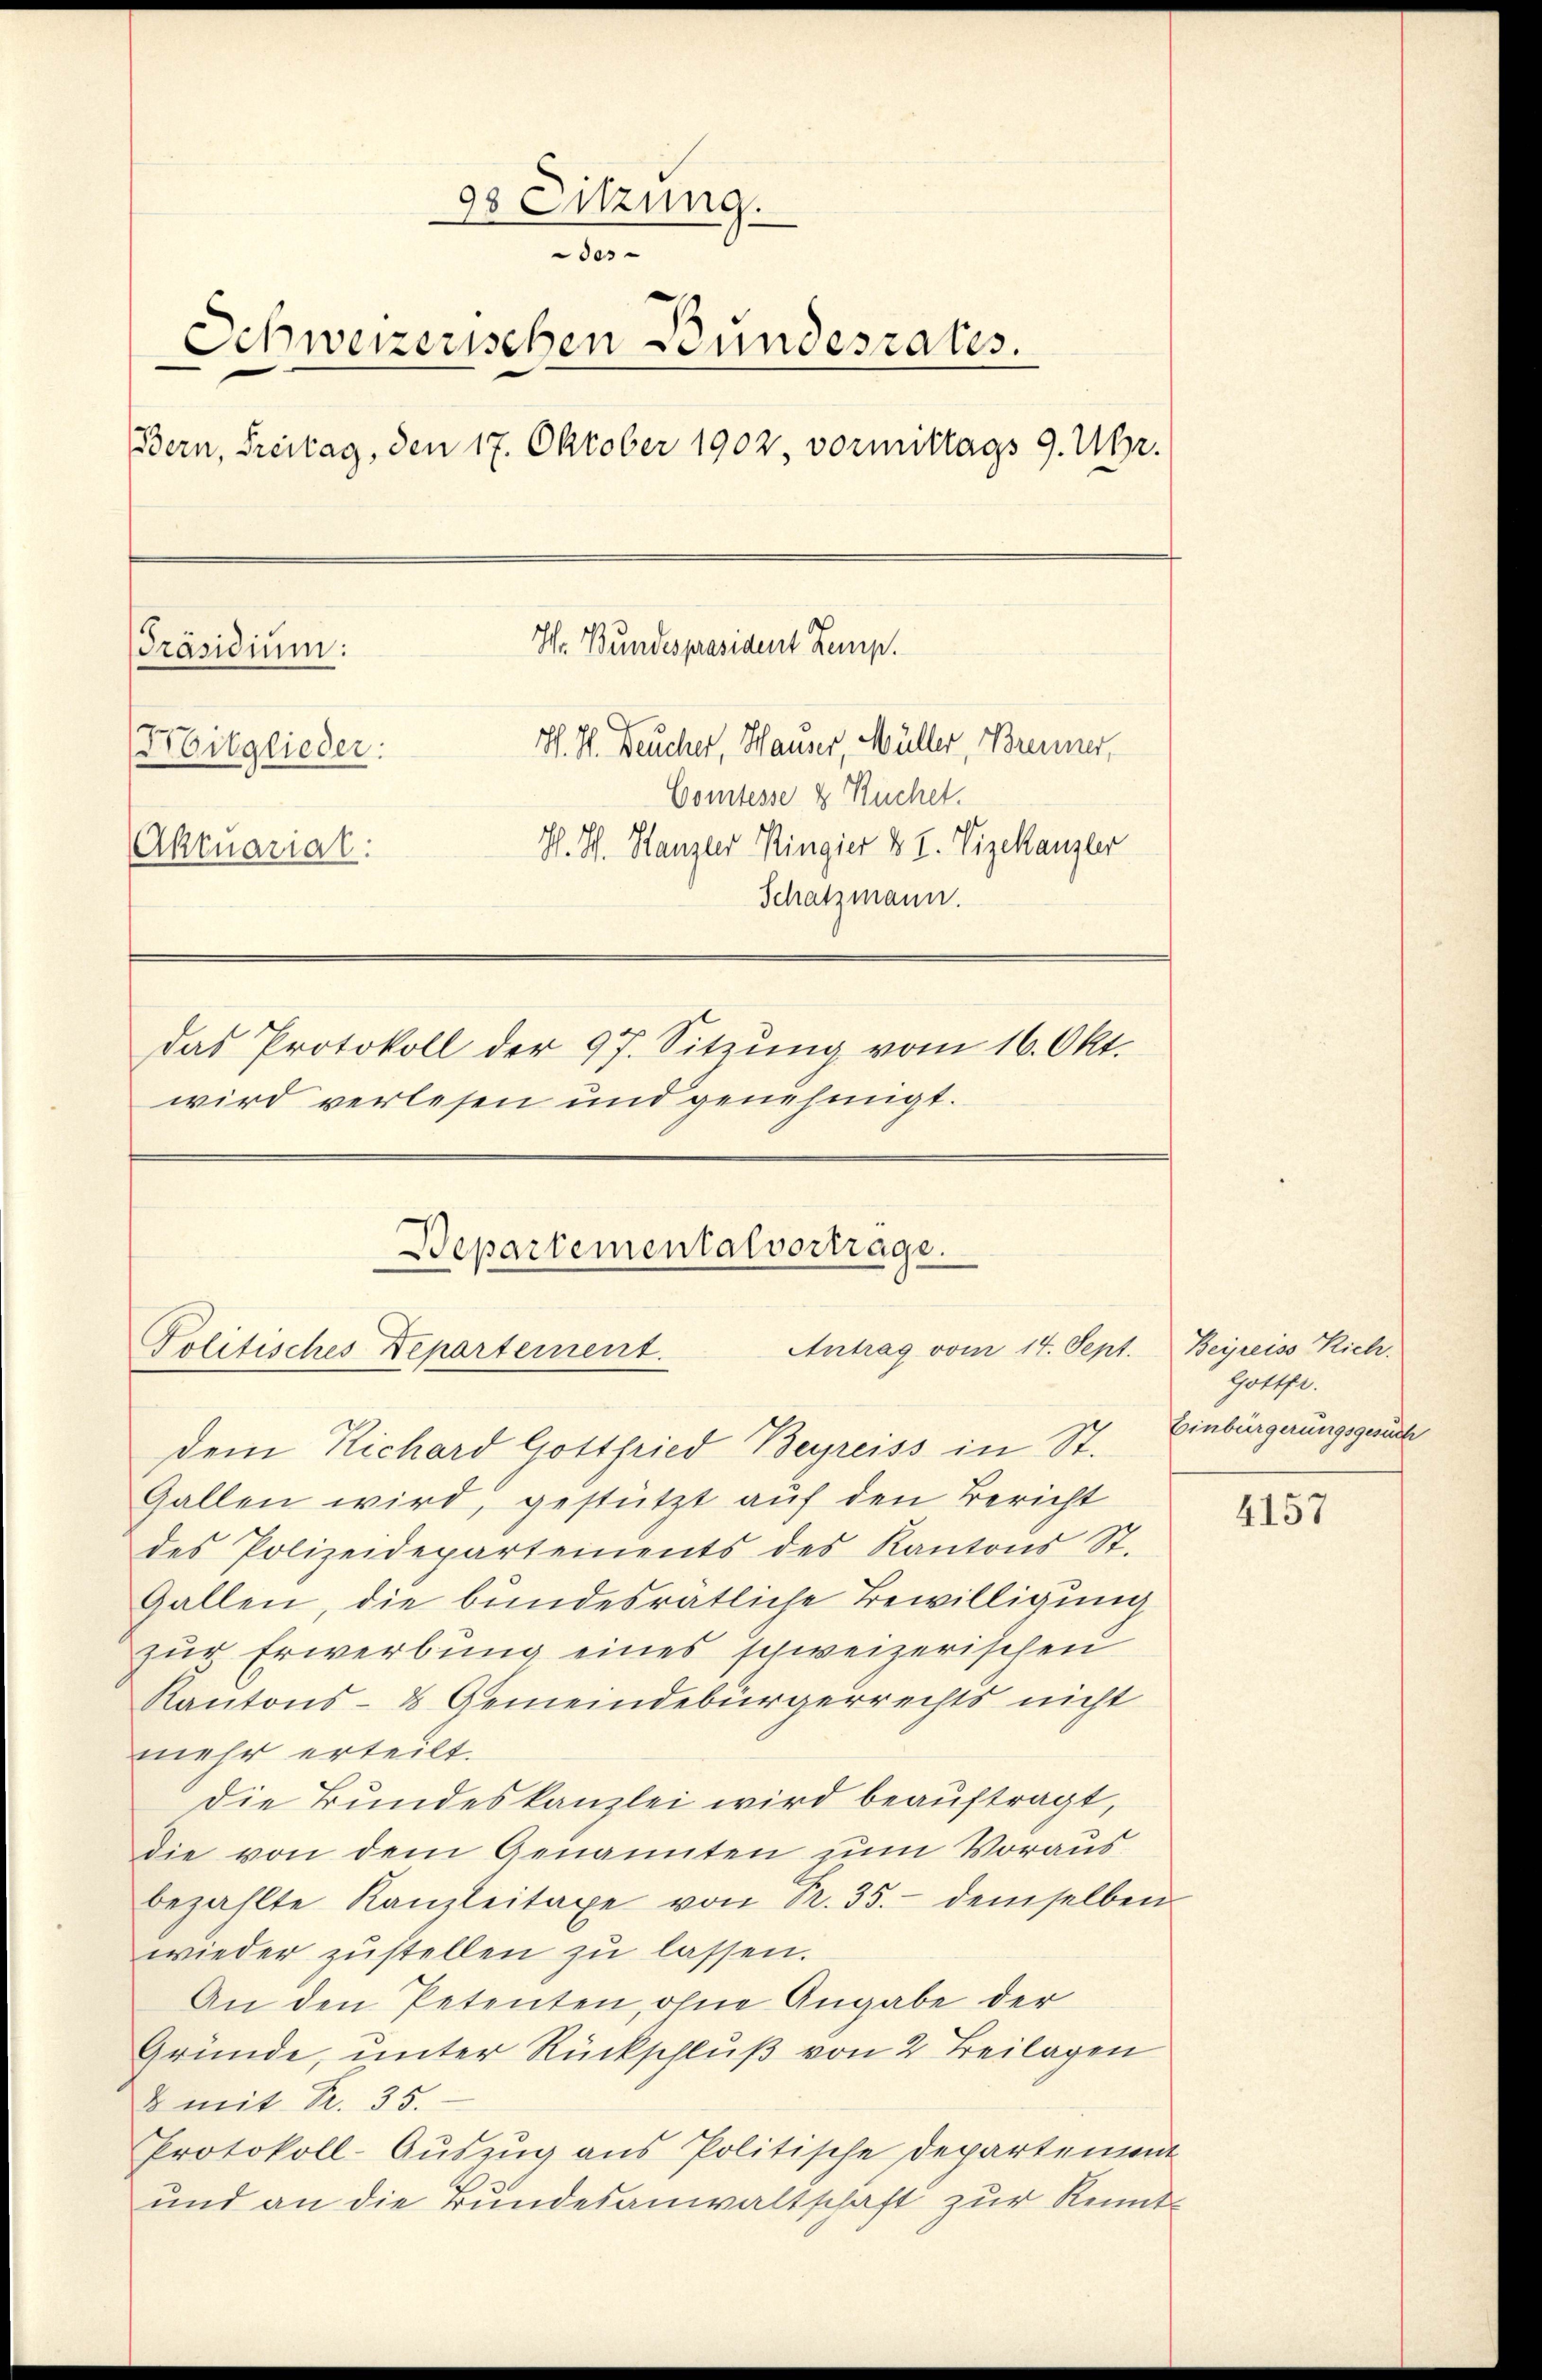
9s Sitzung.
de
Schweizerischen Bundesrates.
Bern, Freitag, den 17. Oktober 1902, vormittags 9. Uhr.
H. Bundespräsident Zemp.
Präsidium:
H. H. Deucher, Hauser, Müller, Brenner,
Mitglieder:
Comtesse & Kuchet.
H. H. Hanzler Ringier §. 2. Vizekanzler
Aktuariat:
Schatzmann.
das Protokoll der 97. Sitzŭng vom 16. Okt.
wird verlesen und genehmigt.

Bepartemental vorträge.
Antrag vom 14. Sept. Beyreiss Rich
Politisches Departement.
dem Richard Gottfried Begreiss in St.

Gallen wird, gestützt auf den Bericht
des Polizeidepartements des Kantons St.
Gallen, die bundesrätliche Bewilligung
zur Erwerbung eines schweizerischen
Kantons- & Gemeindebürgerrechts nicht
mehr erteilt.
Die Bundeskanzlei wird beauftragt,
die von dem Genannten zum Voraus
bezahlte Kanzleitaxe von Pr. 35.- demselben
wieder zustellen zu lassen.
An den Petenten, ohne Angabe der
Gründe, unter Rückschluß von 2 Beilagen
& mit R. 35.
Protokoll-Aŭszŭg ans Politische Departement
und an die Bundesanwaltschaft zur Kennt¬

Gottfr.
Einbürgerungsgesuch

4157